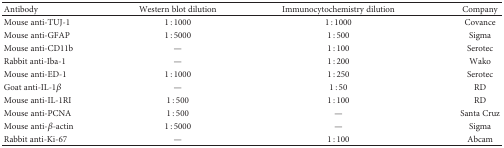
<table><thead><tr><td><b>Antibody</b></td><td><b>Western blot dilution</b></td><td><b>Immunocytochemistry dilution</b></td><td><b>Company</b></td></tr></thead><tbody><tr><td>Mouse anti-TUJ-1</td><td>1 : 1000</td><td>1 : 1000</td><td>Covance</td></tr><tr><td>Mouse anti-GFAP</td><td>1 : 5000</td><td>1 : 500</td><td>Sigma</td></tr><tr><td>Mouse anti-CD11b</td><td>—</td><td>1 : 100</td><td>Serotec</td></tr><tr><td>Rabbit anti-Iba-1</td><td>—</td><td>1 : 200</td><td>Wako</td></tr><tr><td>Mouse anti-ED-1</td><td>1 : 1000</td><td>1 : 250</td><td>Serotec</td></tr><tr><td>Goat anti-IL-1<i>β</i></td><td>—</td><td>1 : 50</td><td>RD</td></tr><tr><td>Mouse anti-IL-1RI</td><td>1 : 500</td><td>1 : 100</td><td>RD</td></tr><tr><td>Mouse anti-PCNA</td><td>1 : 500</td><td>—</td><td>Santa Cruz</td></tr><tr><td>Mouse anti-<i>β</i>-actin</td><td>1 : 5000</td><td>—</td><td>Sigma</td></tr><tr><td>Rabbit anti-Ki-67</td><td>—</td><td>1 : 100</td><td>Abcam</td></tr></tbody></table>